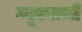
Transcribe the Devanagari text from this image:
ब्यूरनाची